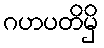
ဂဟပတိမှိ